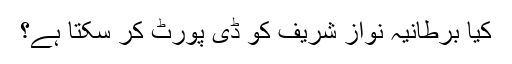
کیا برطانیہ نواز شریف کو ڈی پورٹ کر سکتا ہے؟